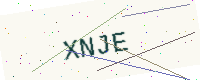
Text: XNJE